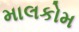
માલકોમ